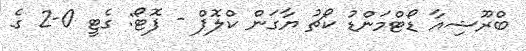
ބްރޫޝިއާ ޑޯޓްމަންޑު ކޯޗު ޔާގަން ކްލޮޕް - ފޮޓޯ: ގެޓީ 0-2 ގެ